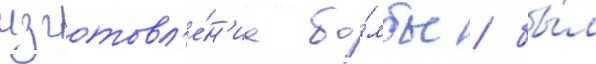
изготовл'е́н'иа бо́мбы / бы́л